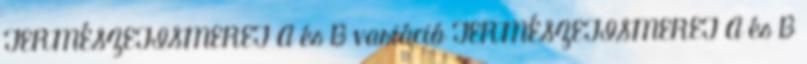
TERMÉSZETISMERET A és B variáció TERMÉSZETISMERET A és B